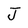
Character: J